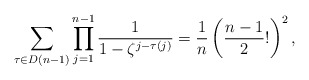
\begin{align*}\sum_{\tau \in D(n-1)} \prod_{j=1}^{n-1} \dfrac{1}{1-\zeta^{j-\tau(j)}}=\dfrac{1}{n}\left(\dfrac{n-1}{2}! \right)^{2}, \end{align*}